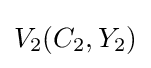
V_{2}(C_{2},Y_{2})